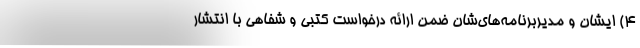
۴) ایشان و مدیربرنامه‌های‌شان ضمن ارائه درخواست کتبی و شفاهی با انتشار